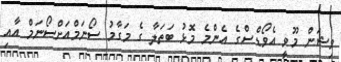
ވިޝަން މޫވީ އެވޯޑްސްގެ އެންމެ މޮޅު ބަތަލާ ގެ މަގާމު ސޯނަމްއަށްސޯނަމް އާއި